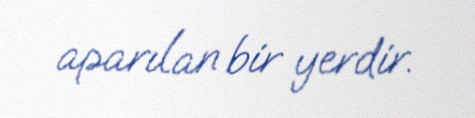
aparılan bir yerdir.